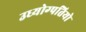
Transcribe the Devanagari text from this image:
उध्योग्पतियो